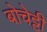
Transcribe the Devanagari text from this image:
बोचेट्टी